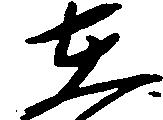
在